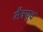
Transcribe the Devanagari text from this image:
मैत्रयुव